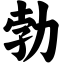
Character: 勃